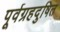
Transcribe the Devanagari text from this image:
पूर्वग्रहदुषित